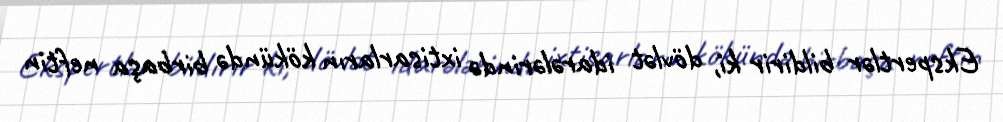
Ekspertlər bildirir ki, dövlət idarələrində ixtisarların kökündə birbaşa neftin